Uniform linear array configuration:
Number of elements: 24
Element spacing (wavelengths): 0.25
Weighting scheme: binomial
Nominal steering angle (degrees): -15
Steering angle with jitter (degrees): -13.019
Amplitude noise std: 0.05
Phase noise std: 0.05

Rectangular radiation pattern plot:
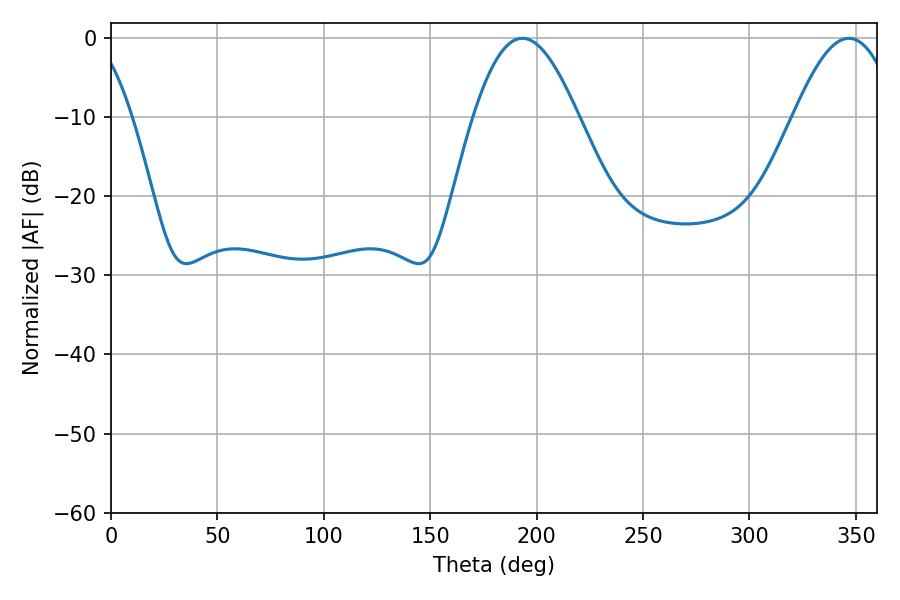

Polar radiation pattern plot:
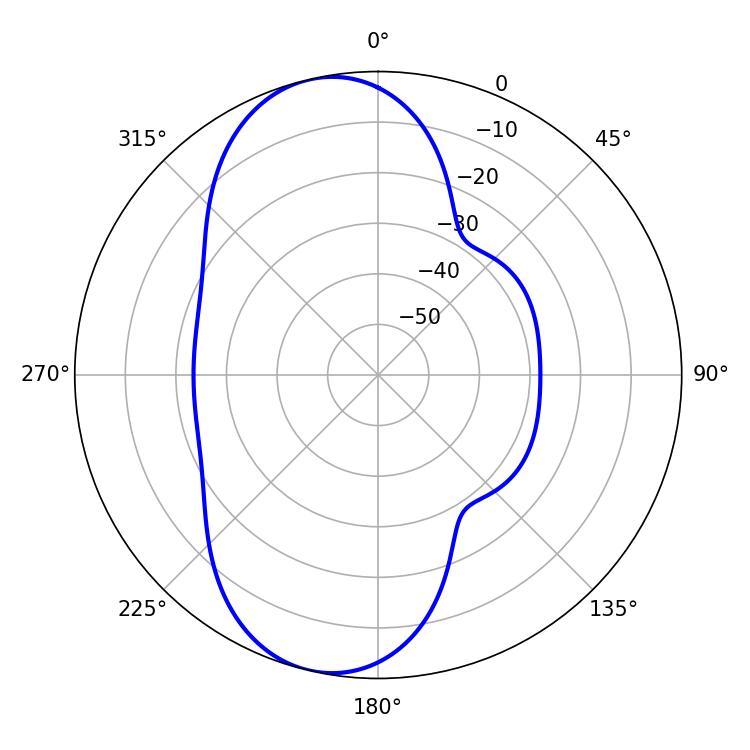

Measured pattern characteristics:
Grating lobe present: FALSE
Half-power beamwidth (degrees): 26.46
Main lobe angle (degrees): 193.32